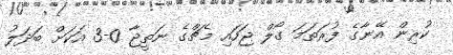
ކުރިން އޭނާގެ ފުރަތަމަ ގޯލް ޖަހައި މެޗްގެ ނަތީޖާ 0-3 އަކަށް ބަދަލު